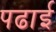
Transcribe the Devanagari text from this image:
पढार्इ